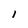
Character: l